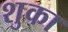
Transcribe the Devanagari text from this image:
शुका